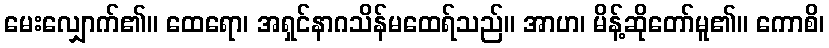
မေးလျှောက်၏။ ထေရော၊ အရှင်နာဂသိန်မထေရ်သည်။ အာဟ၊ မိန့်ဆိုတော်မူ၏။ ကောစိ၊